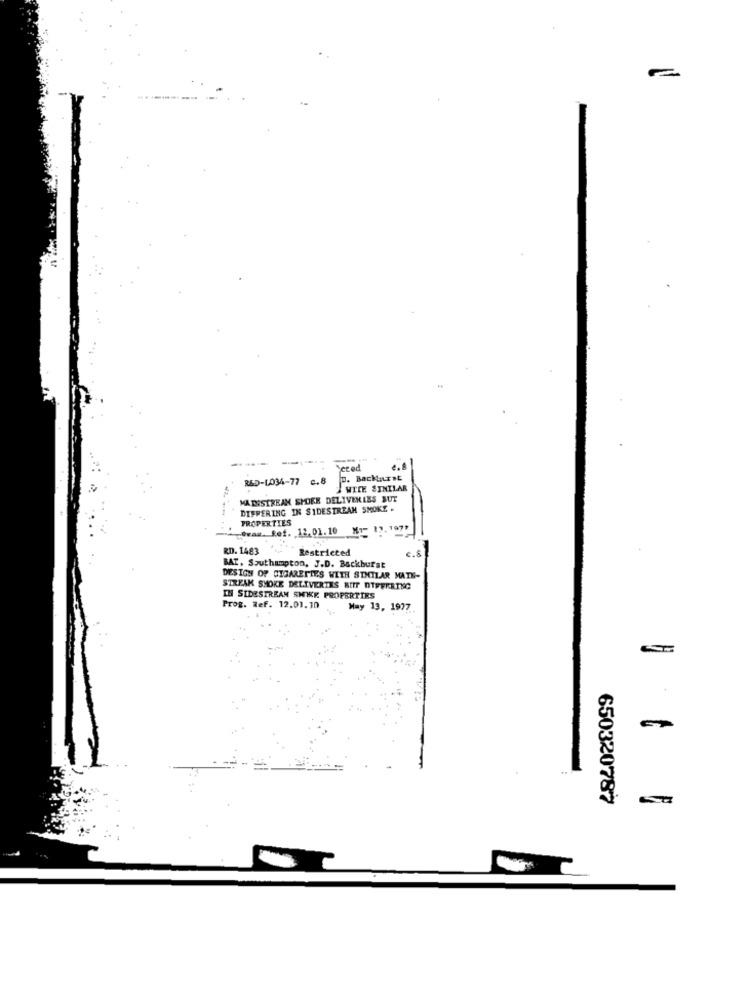
RED-L034-77 c.8
S. Bachant
WICE SINILAR
MADSSTREAM SHOEK DELIVERIES BUT
DIFFERING IN SIDESTREAM SMOKE .
PROPERTIES
-@wax. fef. , 12. 01.10 M1- 12. 1977
RD. 1483
Restricted
BAT, Southampton, J.D. Backburst
DESIGN OF CIGARETTES WITH SIMILAR MATE-
STREAK SMOKE DELIVERTES BIT DIFFERING
IN SIDESTREAM SHIK PROPERTIES
Prog. Ref. 12.01.30
May 13, 1977
650320787